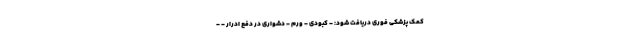
کمک پزشکی فوری دریافت شود: - کبودی - ورم - دشواری در دفع ادرار - -